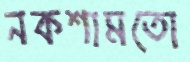
নকশামতো